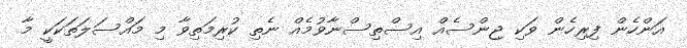
އަންހެން ފިރިހެން ވަކި ޖިންސެއް އިސްތިސްނާވުމެއް ނެތި ކުރިމަތިވާ މި މައްސަލަތަކަކީ މާ